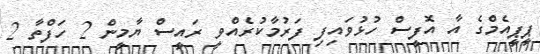
ޕީޕީއެމްގެ އާ އޮފީސް ހުޅުވައިފި ފަރުމާކުރެއްވީ ރައީސް ޔާމީން 2 ހަފްތާ 2